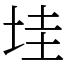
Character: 𡋣